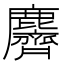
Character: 麡